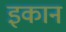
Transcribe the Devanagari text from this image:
इकान